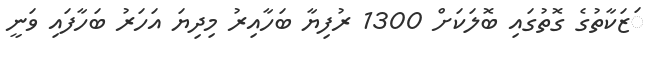
ަޒަކާތުގެ ގޮތުގައި ބޮލަކަށް 1300 ރުފިޔާ ބަހާއިރު މިދިޔަ އަހަރު ބަހާފައި ވަނީ